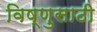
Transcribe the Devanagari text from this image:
विष्णुसाठी